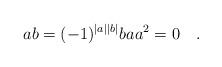
LaTeX: \begin{align*}ab = (-1)^{|a||b|}ba a^{2} = 0 \quad.\end{align*}